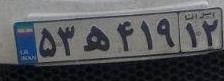
۵۳ه۴۱۹۱۲